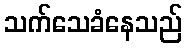
သက်သေခံနေသည်